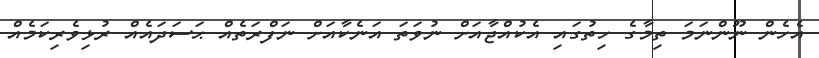
އެހެން ނޫންނަމަ ތިމާގެ ހިތުގައި އެކުއްޖާއަށް ނުވަތަ އަނެކާއަށް ނަފްރަތެއް ޙަސަދައެއް ރުޅިވެރިކަމެއް